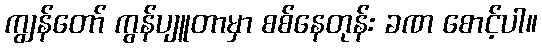
ကျွန်တော် ကွန်ပျူတာမှာ စစ်နေတုန်း ခဏ စောင့်ပါ။